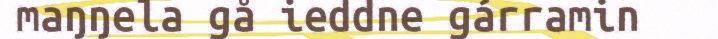
maŋŋela gå ieddne gárramin